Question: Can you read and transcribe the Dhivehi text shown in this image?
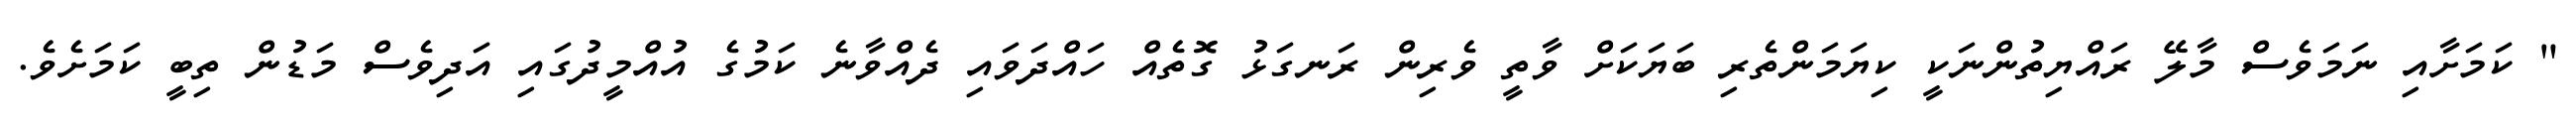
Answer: " ކަމަށާއި ނަމަވެސް މާލޭ ރައްޔިތުންނަކީ ކިޔަމަންތެރި ބަޔަކަށް ވާތީ ވެރިން ރަނގަޅު ގޮތެއް ހައްދަވައި ދެއްވާނެ ކަމުގެ އުއްމީދުގައި އަދިވެސް މަޑުން ތިބީ ކަމަށެވެ.